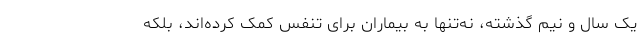
یک سال و نیم گذشته، نه‌تنها به بیماران برای تنفس کمک کرده‌اند، بلکه